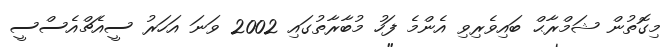
މިގޮތުން ޝަމްރާޙް ބައިވެރިވި އެންމެ ފަހު މުބާރާތުގައި 2002 ވަނަ އަހަރު ސީއެޗްއެސްސީ